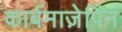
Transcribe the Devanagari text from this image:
कार्बमाज़ेपिंन